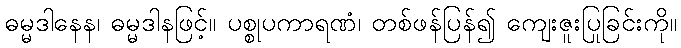
ဓမ္မဒါနေန၊ ဓမ္မဒါနဖြင့်။ ပစ္စုပကာရဏံ၊ တစ်ဖန်ပြန်၍ ကျေးဇူးပြုခြင်းကို။